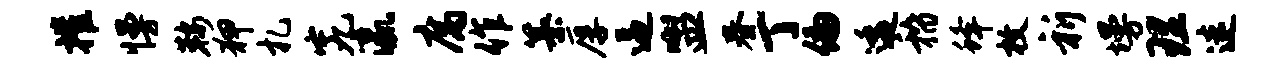
摧慢鞍狎札究瀛腐作纂厚逼盥春丁偏逶稽蜂枚祈墁理迷